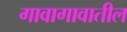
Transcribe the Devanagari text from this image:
गावागावातील